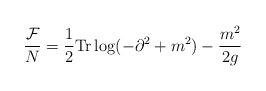
LaTeX: \begin{align*}\frac{{\cal F}}{N} = \frac{1}{2}\mbox{Tr} \log ( - \partial^2 + m^2 ) - \frac{m^2}{2 g}\end{align*}